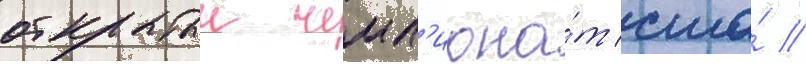
открытыи чемп'иона́т сша́ //